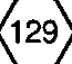
(129)